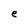
Character: e